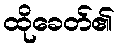
ထိုခေတ်၏